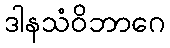
ဒါနသံဝိဘာဂေ